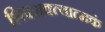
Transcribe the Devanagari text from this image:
शिवशक्त्यात्मकं